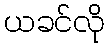
ယခင်လို